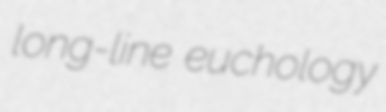
long-line euchology